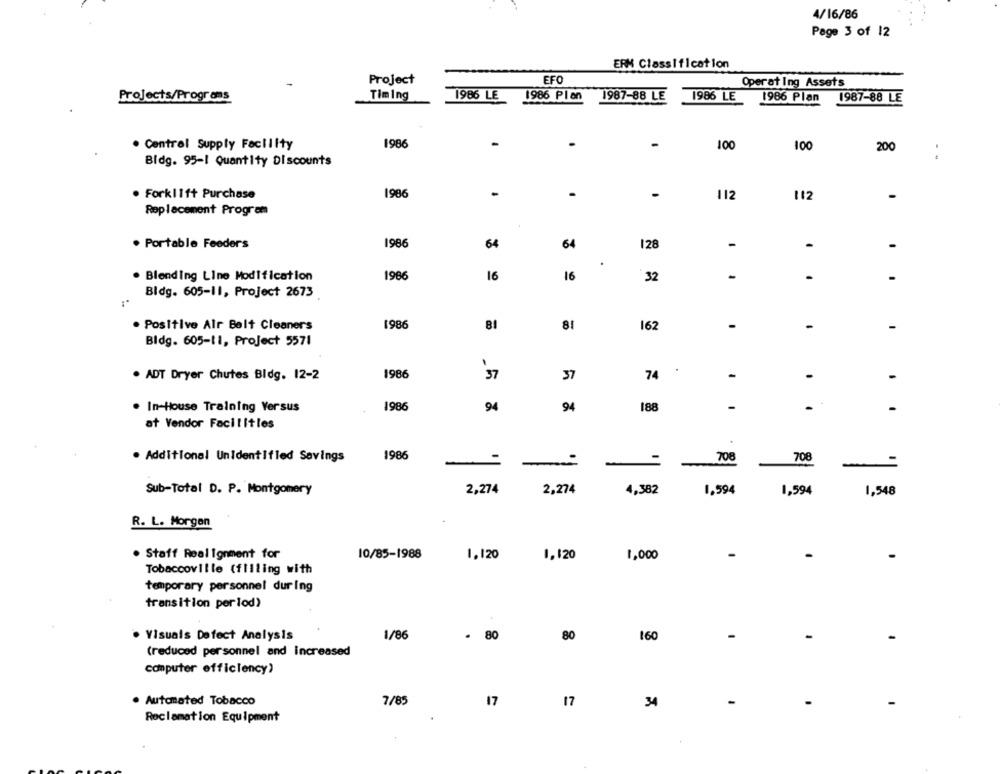
4/16/86
Page 3 of 12
ERM Classification
Project
EFO
Operating Assets
Projects/Programs
Timing
1986 LE
1986 Plan
1987-88 LE
1986 LE
1986 Plan
1987-88 LE
· Central Supply Facility
1986
-
100
100
200
:
Bidg. 95-1 Quantity Discounts
112
. Forklift Purchase
1986
112
-
Replacement Program
. Portable Feeders
1986
64
64
128
-
-
-
.
. Blending Line Modification
1986
16
16
32
-
Bldg. 605-11, Project 2673
1986
81
-
-
. Positive Air Belt Cleaners
81
162
-
Bldg. 605-11, Project 5571
. ADT Dryer Chutes Bldg. 12-2
1986
37
37
74
-
-
-
. In-House Training Versus
1986
94
94
188
-
at Vendor Facilitles
.
. Additional Unidentifled Savings
1986
708
708
-
-
Sub-Total D. P. Montgomery
2,274
2,274
4,382
1,594
1,594
1,548
R. L. Morgan
. Staff Realignment for
10/85-1988
1.120
1,120
1,000
-
Tobaccoville (filling with
temporary personnel during
transition perlod)
1/86
. 80
80
160
· Visuals Defect Analysis
(reduced personnel and increased
computer efficiency)
. Automated Tobacco
7/85
17
17
34
-
Reclamation Equipment